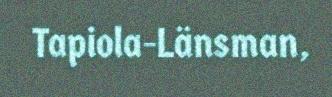
Tapiola-Länsman,